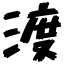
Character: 渡